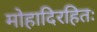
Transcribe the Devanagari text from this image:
मोहादिरहितः